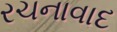
રચનાવાદ